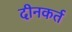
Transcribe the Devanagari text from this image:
दीनकर्त